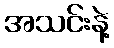
အသင်းနဲ့